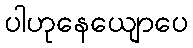
ပါဟုနေယျောပေ